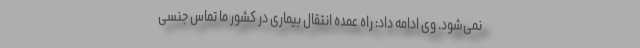
نمی‌‌شود. وی ادامه داد: راه عمده انتقال بیماری در کشور ما تماس جنسی